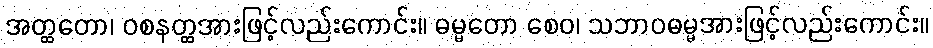
အတ္ထတော၊ ဝစနတ္ထအားဖြင့်လည်းကောင်း။ ဓမ္မတော စေဝ၊ သဘာဝဓမ္မအားဖြင့်လည်းကောင်း။